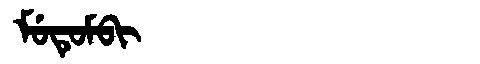
Manchu: ᠮᡠᡨᡠᠮᠪᡳ
Romanization: MUTUMBI